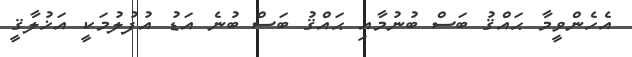
އެހެންވީމާ ޙައްޤު ބަސް ބުނުމާއި ޙައްޤު ބަސް ބުނެ އަޑު އުފުލުމަކީ އަޚުލާޤީ